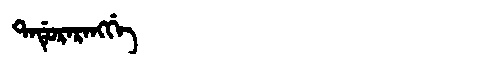
Manchu: ᡨᠠᡩᡠᡵᠠᡵᠠᠩᡤᡝ
Romanization: TADURARANGGE